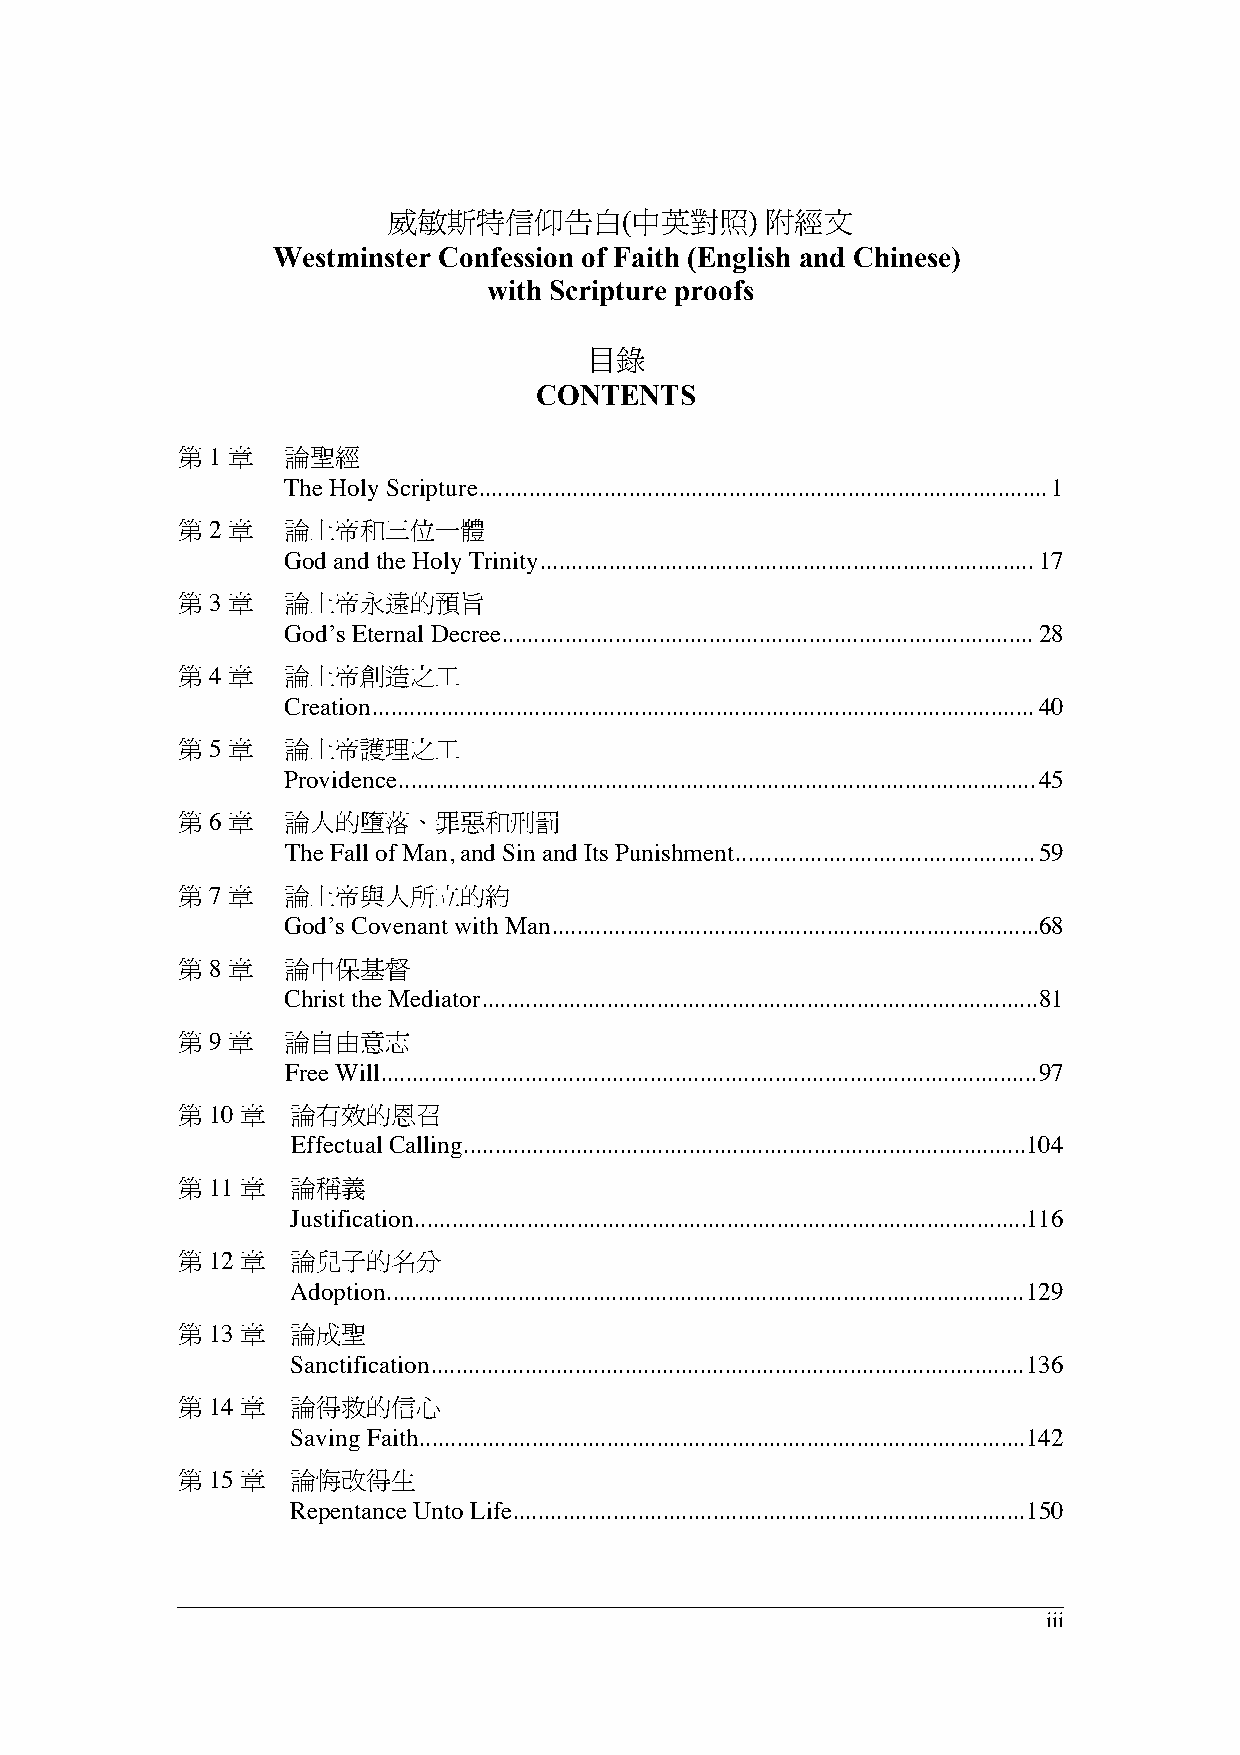
威敏斯特信仰告白(中英對照)           附經文
 Westminster Confession of Faith (English and Chinese)
 with Scripture proofs
 目錄
 CONTENTS
 第 1 章  論聖經
 The Holy Scripture...........................................................................................1
 第 2 章  論上帝和三位一體
 God and the Holy Trinity...............................................................................17
 第 3 章  論上帝永遠的預旨
 God’s Eternal Decree.....................................................................................28
 第 4 章  論上帝創造之工
 Creation..........................................................................................................40
 第 5 章  論上帝護理之工
 Providence......................................................................................................45
 第 6 章  論人的墮落、罪惡和刑罰
 The Fall of Man, and Sin and Its Punishment................................................59
 第 7 章  論上帝與人所立的約
 God’s Covenant with Man..............................................................................68
 第 8 章  論中保基督
 Christ the Mediator.........................................................................................81
 第 9 章  論自由意志
 Free Will.........................................................................................................97
 第 10 章 論有效的恩召
 Effectual Calling..........................................................................................104
 第 11 章 論稱義
 Justification..................................................................................................116
 第 12 章 論兒子的名分
 Adoption......................................................................................................129
 第 13 章 論成聖
 Sanctification...............................................................................................136
 第 14 章 論得救的信心
 Saving Faith.................................................................................................142
 第 15 章 論悔改得生
 Repentance Unto Life..................................................................................150
 iii